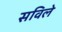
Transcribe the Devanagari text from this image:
सविले